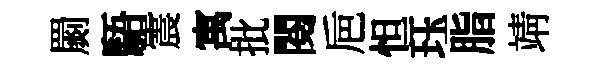
罽䮏震寓批閱巵怛珏脂靖